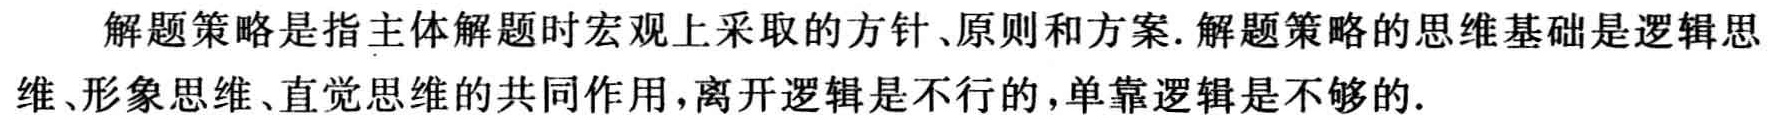
解题策略是指主体解题时宏观上采取的方针、原则和方案. 解题策略的思维基础是逻辑思维、形象思维、直觉思维的共同作用，离开逻辑是不行的，单靠逻辑是不够的.